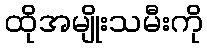
ထိုအမျိုးသမီးကို